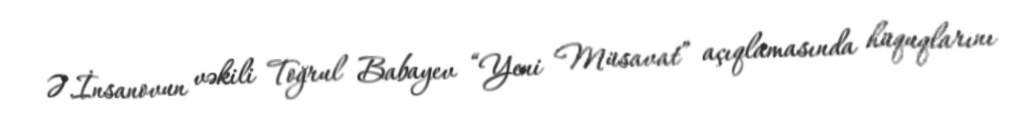
Ə.İnsanovun vəkili Toğrul Babayev “Yeni Müsavat” açıqlamasında hüquqlarını